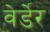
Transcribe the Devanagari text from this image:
वेर्डेर